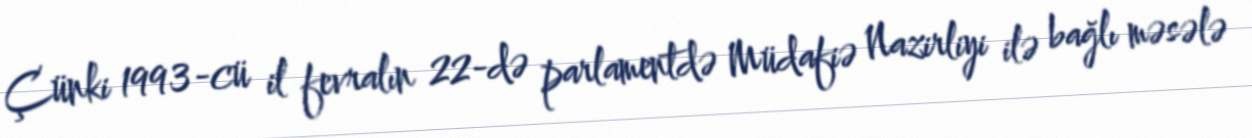
Çünki 1993-cü il fevralın 22-də parlamentdə Müdafiə Nazirliyi ilə bağlı məsələ